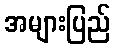
အများပြည်